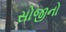
સોજીનો